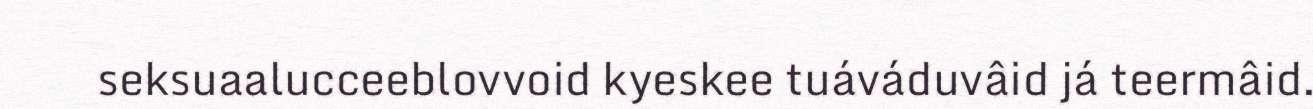
seksuaalucceeblovvoid kyeskee tuáváduvâid já teermâid.